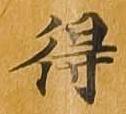
得